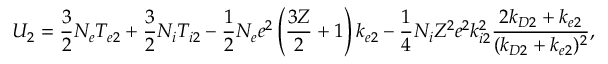
U _ { 2 } = \frac { 3 } { 2 } N _ { e } T _ { e 2 } + \frac { 3 } { 2 } N _ { i } T _ { i 2 } - \frac { 1 } { 2 } N _ { e } e ^ { 2 } \left( \frac { 3 Z } { 2 } + 1 \right) k _ { e 2 } - \frac { 1 } { 4 } N _ { i } Z ^ { 2 } e ^ { 2 } k _ { i 2 } ^ { 2 } \frac { 2 k _ { D 2 } + k _ { e 2 } } { ( k _ { D 2 } + k _ { e 2 } ) ^ { 2 } } ,